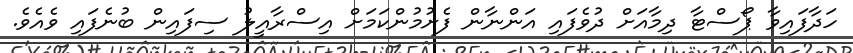
ހަދާފައިވާ ޕޯސްޓާ ދިމާއަށް ދުވެފައި އަންނާން ފެށުމުންކަމަށް އިސްރާއީލު ސިފައިން ބުނެފައި ވެއެވެ.